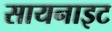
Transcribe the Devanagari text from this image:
सायनाइट